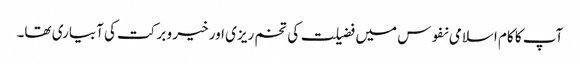
آپ کا کام اسلامی نفوس میں فضیلت کی تخم ریزی اور خیر و برکت کی آبیاری تھا۔